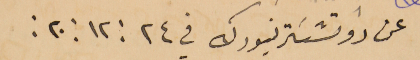
عن روتشسَتر نيورك في ٢٤ : ١٢ : ٢٠ :